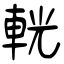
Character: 輄